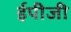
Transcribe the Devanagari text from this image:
ईपीजी